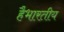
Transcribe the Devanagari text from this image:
हैभारतीय